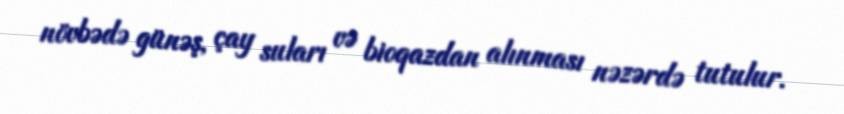
növbədə günəş, çay suları və bioqazdan alınması nəzərdə tutulur.